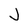
Character: J